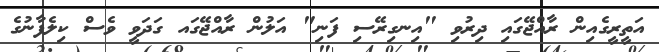
އަތީރީގެއިން ރާއްޖޭގައި ދިރުވި "އިނގިރޭސި ފަނި" އަލުން ރާއްޖޭގައ ގަދަވީ ވެސް ކިލެފާނުގެ